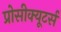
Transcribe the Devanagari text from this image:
प्रोसीक्यूटर्स